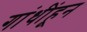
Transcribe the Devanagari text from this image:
गांधींहून